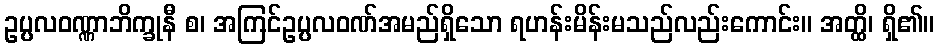
ဥပ္ပလဝဏ္ဏာဘိက္ခုနီ စ၊ အကြင်ဥပ္ပလဝဏ်အမည်ရှိသော ရဟန်းမိန်းမသည်လည်းကောင်း။ အတ္ထိ၊ ရှိ၏။